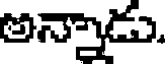
అన్నాడు.